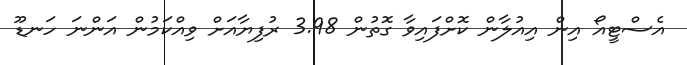
އެސްޓީއޯ އިން އިއުލާން ކޮށްފައިވާ ގޮތުން 3.98 ރުފިޔާއަށް ވިއްކަމުން އަންނަ ހަނޑޫ